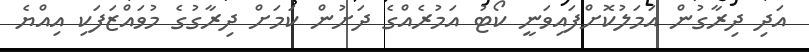
އަދި ދިރާގުން އަމަލުކޮށްފައިވަނީ ކޯޓު އަމުރެއްގެ ދަށުން ކަމަށް ދިރާގުގެ މުވައްޒަފަކި އިއްޔެ